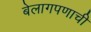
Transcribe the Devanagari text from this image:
बेलागपणाची